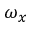
\omega _ { x }